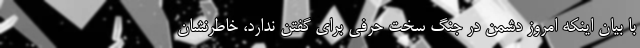
با بیان اینکه امروز دشمن در جنگ سخت حرفی برای گفتن ندارد، خاطرنشان